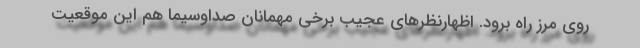
روی مرز راه برود. اظهارنظرهای عجیب برخی مهمانان صداوسیما هم این موقعیت